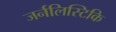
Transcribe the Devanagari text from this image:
जर्नलिस्टिकि